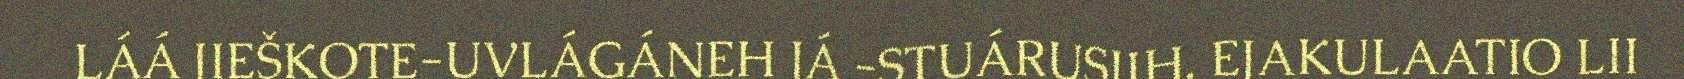
LÁÁ JIEŠKOTE-UVLÁGÁNEH JÁ -STUÁRUSIIH. EJAKULAATIO LII